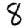
Digit: 8